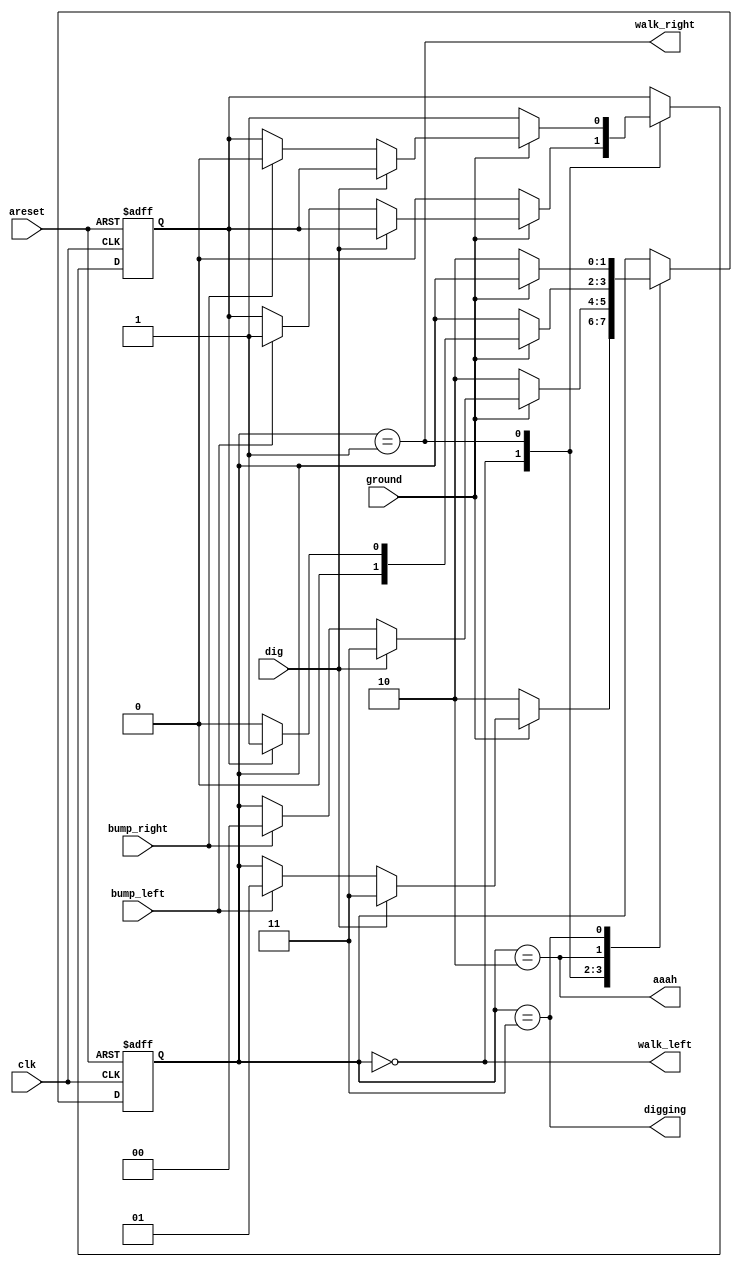
module top_module(
    input clk,
    input areset,
    input bump_left,
    input bump_right,
    input ground,
    input dig,
    output walk_left,
    output walk_right,
    output aaah,
    output digging ); 
    
    parameter LEFT = 0, RIGHT = 1, FALL = 2,DIG = 3;
    reg [1:0] state;
    reg direction; 

    always @(posedge clk or posedge areset) begin
        if (areset) begin
            state <= LEFT;
            direction <= 0; 
        end else begin
            case (state)
                LEFT: begin
                    if (!ground) begin
                        state <= FALL;
                        direction <= 0;
                    end else if (dig) begin
                            state <= DIG;
                    end else if (bump_left) begin
                        state <= RIGHT;
                        direction <= 1;
                    end
                end
                RIGHT: begin
                    if (!ground) begin
                        state <= FALL;
                        direction <= 1;
                    end else if (dig) begin
                            state <= DIG;
                    end else if (bump_right) begin
                        state <= LEFT;
                        direction <= 0;
                    end
                end
                FALL: begin
                    if (ground)
                        state <= direction ? RIGHT : LEFT;
                end
                DIG:begin
                    if(!ground)
                        state <= FALL;
                end
            endcase
        end
    end

    assign walk_left = (state == LEFT);
    assign walk_right = (state == RIGHT);
    assign aaah = (state == FALL);
    assign digging = (state == DIG);

endmodule